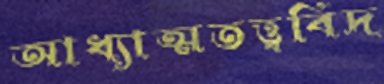
আধ্যাত্মতত্ত্ববিদ